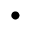
\bullet